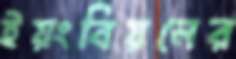
ইয়ংবিয়নের